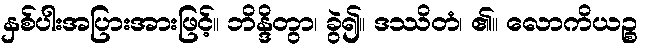
နှစ်ပါးအပြားအားဖြင့်။ ဘိန္ဒိတွာ၊ ခွဲ၍။ ဒဿိတံ၊ ၏။ လောကိယဉ္စ